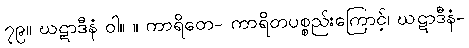
၇၉။ ဃဋာဒီနံ ဝါ။ ။ ကာရိတေ- ကာရိတပစ္စည်းကြောင့်၊ ဃဋာဒီနံ-